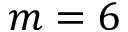
m = 6